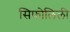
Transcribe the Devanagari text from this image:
सिफोलिली